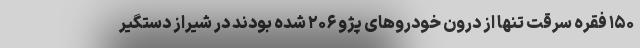
۱۵۰ فقره سرقت تنها از درون خودروهای پژو ۲۰۶ شده بودند در شیراز دستگیر